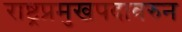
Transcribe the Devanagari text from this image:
राष्ट्रप्रमुखपदावरुन